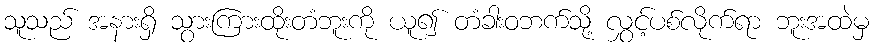
သူသည် အနားရှိ သွားကြားထိုးတံဘူးကို ယူ၍ တံခါးဝဘက်သို့ လွှင့်ပစ်လိုက်ရာ ဘူးအထဲမှ